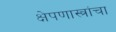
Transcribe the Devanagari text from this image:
क्षेपणास्त्रांचा